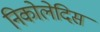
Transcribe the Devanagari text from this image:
निकोलेदिस